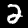
Label: 2